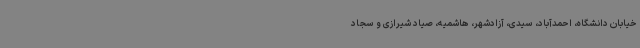
خیابان دانشگاه، احمدآباد، سیدی، آزادشهر، هاشمیه، صیاد شیرازی و سجاد